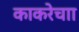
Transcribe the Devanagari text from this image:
काकरेचाा